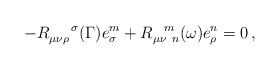
\begin{align*} - R_{\mu\nu\rho}^{~~~~\sigma}(\Gamma) e_{\sigma}^m + R_{\mu\nu~ n}^{~~m}(\omega) e_{\rho}^n = 0\,,\end{align*}